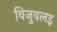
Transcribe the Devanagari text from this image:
विजुवलइ